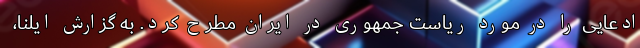
ادعایی را در مورد ریاست جمهوری در ایران مطرح کرد. به گزارش ایلنا،